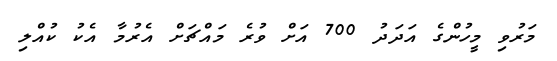
މަރުވި މީހުންގެ އަދަދު 700 އަށް ވުރެ މައްޗަށް އެރުމާ އެކު ކުއްލި